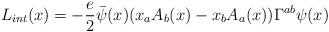
LaTeX: \begin{align*}L_{int}(x)= -\frac{e}{2}\bar{\psi}(x)(x_aA_b(x)-x_bA_a(x))\Gamma^{ab}\psi(x)\end{align*}